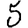
Digit: 5